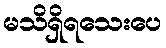
မသိရှိရသေးပေ